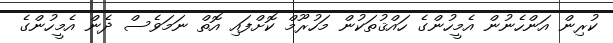
ކުރިން އަންހެނުން އެމީހުންގެ ހައްޤުތަކުން މަހުރޫމް ކޮށްފައި އޮތް ނަމަވެސް ދެން އެމީހުންގެ